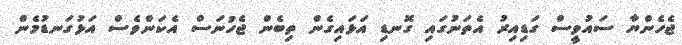
ޖެހެންޔާ ސައުވީސް ގަޑިއިރު އެތަނުގައި ގޮނޑި އަޅައިގެން ތިބެން ޖެހުނަސް އެކަންވެސް އަޅުގަނޑުމެން